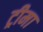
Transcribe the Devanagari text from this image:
ट्रीमा